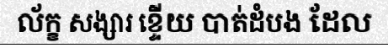
ល័ក្ខ សង្សារ ខ្ទើយ បាត់ដំបង ដែល